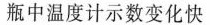
瓶中温度计示数变化快